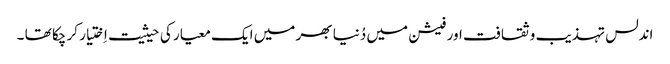
اندلس تہذیب و ثقافت اور فیشن میں دُنیا بھر میں ایک معیار کی حیثیت اِختیار کر چکا تھا ۔